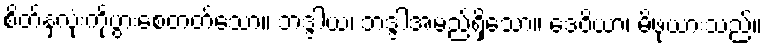
စိတ်နှလုံးကိုပွားစေတတ်သော။ ဘဒ္ဒါယ၊ ဘဒ္ဒါအမည်ရှိသော။ ဒေဝိယာ၊ မိဖုယားသည်။